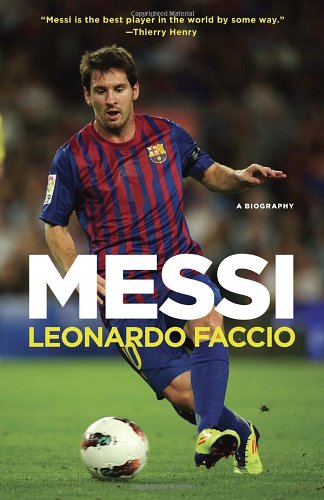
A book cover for Messi: A Biography; Leonardo Faccio; Biographies & Memoirs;